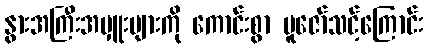
နွားအကြီးအမှူးများကို ကောင်းစွာ ပူဇော်သင့်ကြောင်း